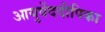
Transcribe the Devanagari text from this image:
आयुर्वेददीपिका